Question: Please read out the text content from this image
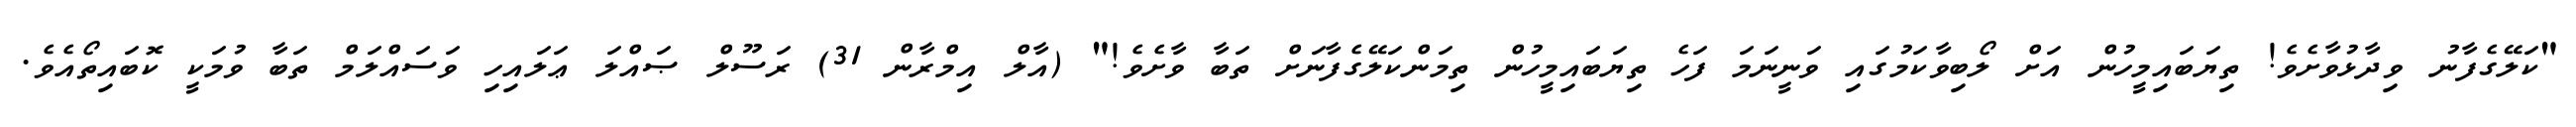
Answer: "ކަލޭގެފާނު ވިދާޅުވާށެވެ! ތިޔަބައިމީހުން އަށް ލޯބިވާކަމުގައި ވަނީނަމަ ފަހެ ތިޔަބައިމީހުން ތިމަންކަލޭގެފާނަށް ތަބާ ވާށެވެ!" (އާލް އިމްރާން 31) ރަސޫލް ޞައްލަ ޢަލައިހި ވަސައްލަމް ތަބާ ވުމަކީ ކޮބައިތޯއެވެ.